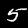
Digit: 5